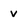
Character: v